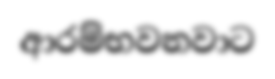
ආරම්භවනවාට